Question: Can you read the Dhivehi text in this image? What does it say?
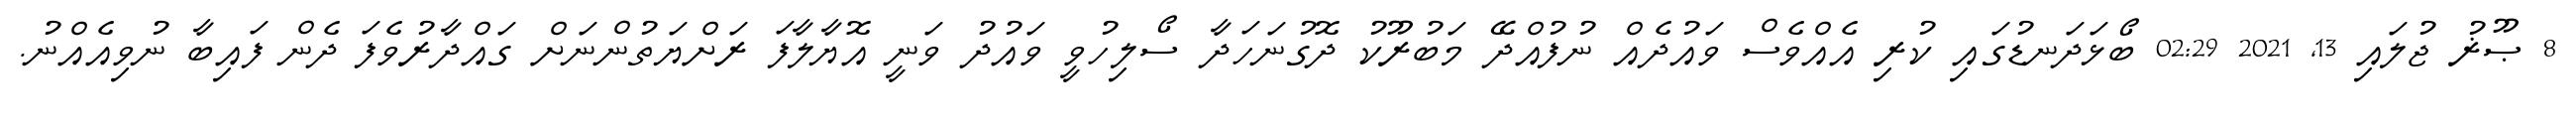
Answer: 8 ޞޫޜު ޖުލައި 13, 2021 02:29 ބޯޅަދަނޑުގައި ކުރި އެއްވެސް ވައުދެއް ނުފުއްދޭ މަބުރޫކު ދޮގުނަހަދާ ސޯލިހުވީ ވައުދު ވަނީ އޮޔާލާފަ ރަށްޔަތުންނަށް ގައްދާރުވެފަ ދެން ފައިބާ ނުވިއެއްނު.